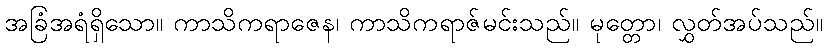
အခြံအရံရှိသော။ ကာသိကရာဇေန၊ ကာသိကရာဇ်မင်းသည်။ မုတ္တော၊ လွှတ်အပ်သည်။